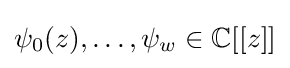
\psi _{0}(z),\dots ,\psi _{w}\in \mathbb {C} [[z]]